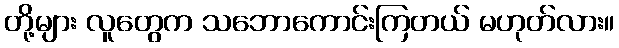
တို့များ လူတွေက သဘောကောင်းကြတယ် မဟုတ်လား။